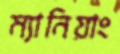
ম্যানিয়াং